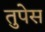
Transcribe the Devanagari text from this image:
तुपेस